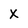
Character: X